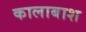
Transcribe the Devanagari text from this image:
कालाबाश